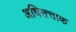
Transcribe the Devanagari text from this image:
अधिसत्ताक